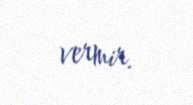
vermir.